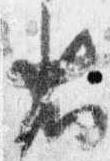
省